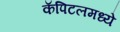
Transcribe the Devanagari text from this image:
कॅपिटलमध्ये